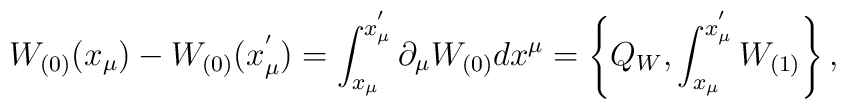
W_{(0)}(x_{\mu}) - W_{(0)}(x_{\mu}^{'}) = \int_{x_{\mu}}^{x_{\mu}^{'}}  \partial_{\mu}W_{(0)} dx^{\mu} =  \left\{ Q_{W},    \int_{x_{\mu}}^{x_{\mu}^{'}}W_{(1)}\right\},